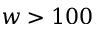
w > 1 0 0